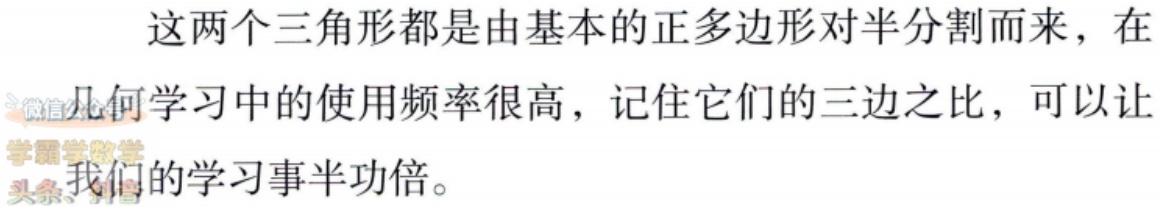
这两个三角形都是由基本的正多边形对半分割而来，在
几何学习中的使用频率很高，记住它们的三边之比，可以让
我们的学习事半功倍。